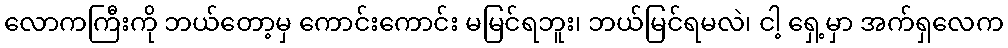
လောကကြီးကို ဘယ်တော့မှ ကောင်းကောင်း မမြင်ရဘူး၊ ဘယ်မြင်ရမလဲ၊ ငါ့ ရှေ့မှာ အက်ရှလေက